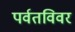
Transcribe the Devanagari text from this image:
पर्वतविवर